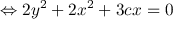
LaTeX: \Leftrightarrow 2 y ^ { 2 } + 2 x ^ { 2 } + 3 c x = 0